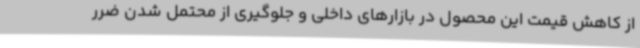
از کاهش قیمت این محصول در بازارهای داخلی و جلوگیری از محتمل شدن ضرر